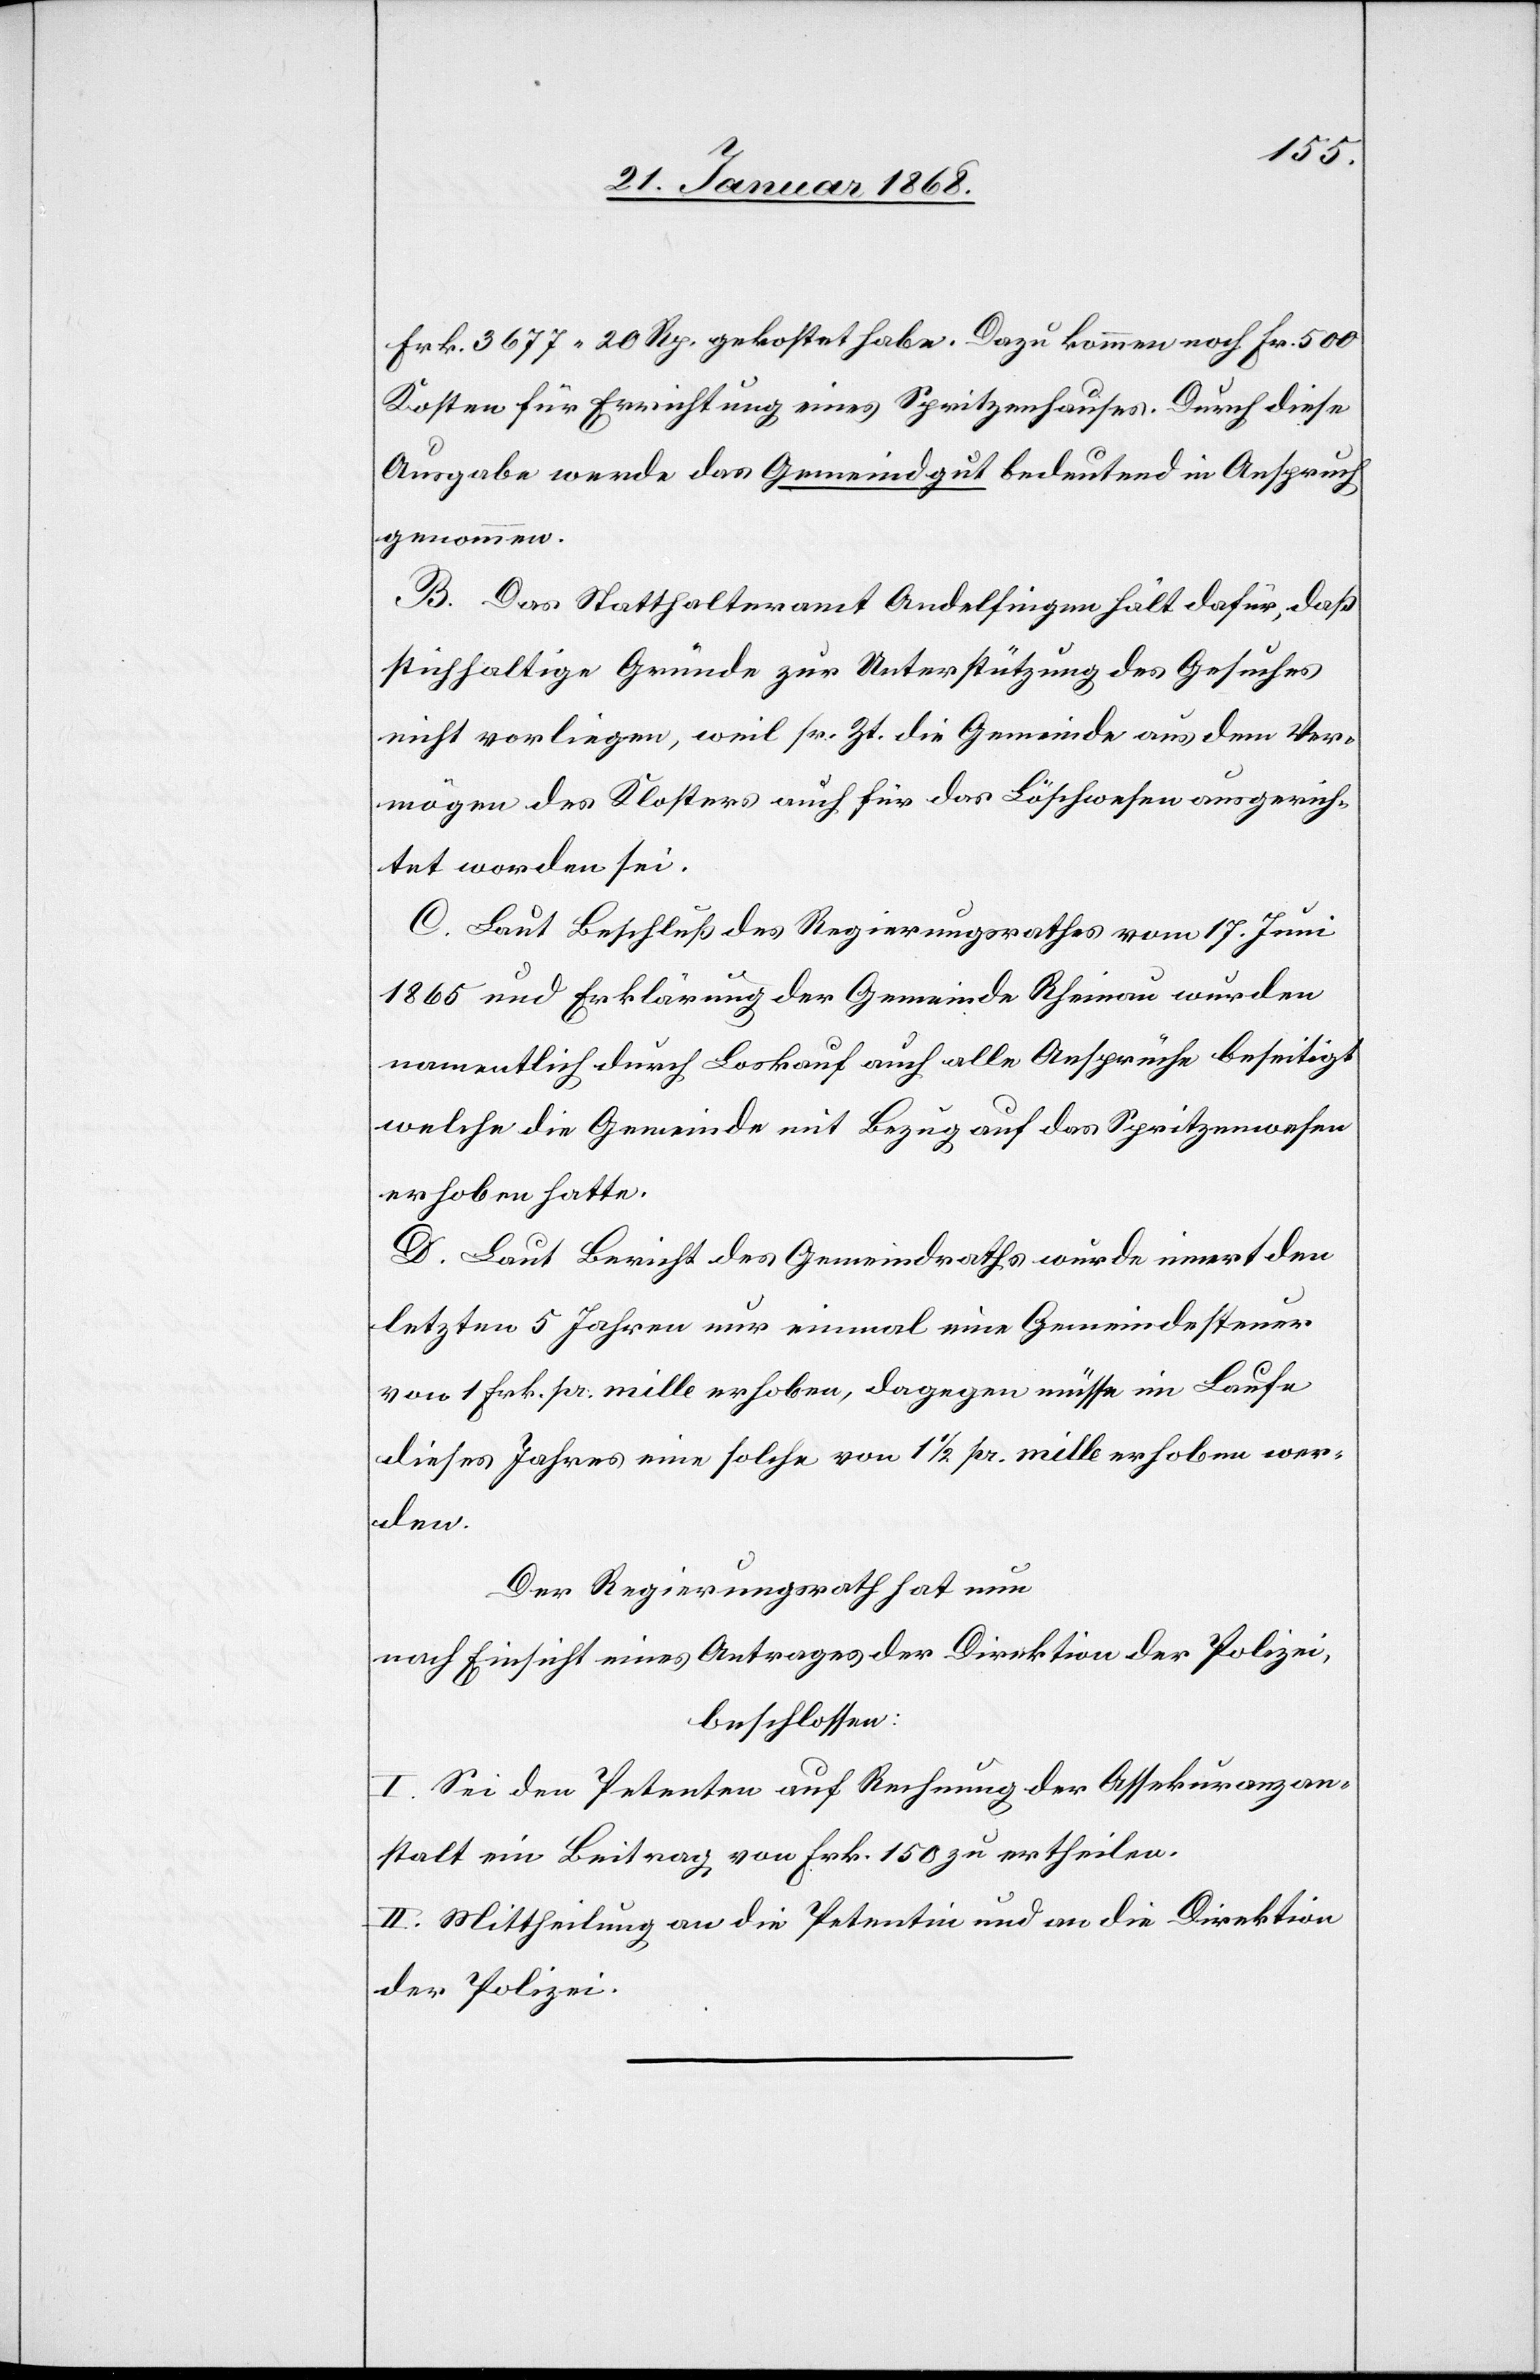
Frk. 3677 20 Rp. gekostet habe. Dazu kommen noch Fr. 500
Kosten für Errichtung eines Spritzenhauses. Durch diese
Ausgabe werde das Gemeindgut bedeutend in Anspruch
genommen.
B. Das Statthalteramt Andelfingen hält dafür, daß
stichhaltige Gründe zur Unterstützung des Gesuches
nicht vorliegen, weil sr. Zt. die Gemeinde aus dem Ver¬
mögen des Klosters auch für das Löschwesen ausgerich¬
tet worden sei.
C. Laut Beschluß des Regierungsrathes vom 17. Juni
1865 und Erklärung der Gemeinde Rheinau wurden
namentlich durch Loskauf auch alle Ansprüche beseitigt
welche die Gemeinde mit Bezug auf das Spritzenwesen
erhoben hatte.
D. Laut Bericht des Gemeindraths wurde innert den
letzten 5 Jahren nur einmal eine Gemeindesteuer
von 1 Frk. pr. mille erhoben, dagegen müsse im Laufe
dieses Jahres eine solche von 1 1/2 pr. mille erhoben wer¬
den.
Der Regierungsrath hat nun
nach Einsicht eines Antrages der Direktion der Polizei,
beschlossen:
I. Sei den Petenten auf Rechnung der Assekuranzan¬
stalt ein Beitrag von Frk. 150 zu ertheilen.
II. Mittheilung an die Petentin und an die Direktion
der Polizei.